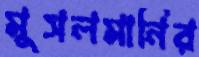
মুসলমানির